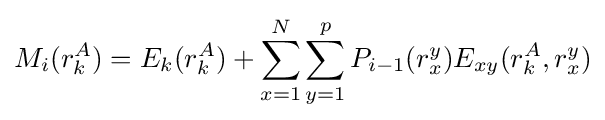
M_{i}(r_{k}^{A})=E_{k}(r_{k}^{A})+\sum _{x=1}^{N}\sum _{y=1}^{p}P_{i-1}(r_{x}^{y})E_{xy}(r_{k}^{A},r_{x}^{y})